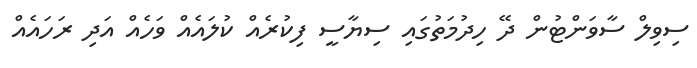
ސިވިލް ސާވަންޓުން ދޭ ހިދުމަތުގައި ސިޔާސީ ފިކުރެއް ކުލައެއް ވަހެއް އަދި ރަހައެއް